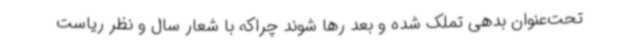
تحت‌عنوان بدهی تملک شده و بعد رها شوند چراکه با شعار سال و نظر ریاست